Report on sanitation, dispensaries, and jails in Rajputana for 1920, and on vaccination for the year 1920-1921 - 1920-1921
Year: 1920
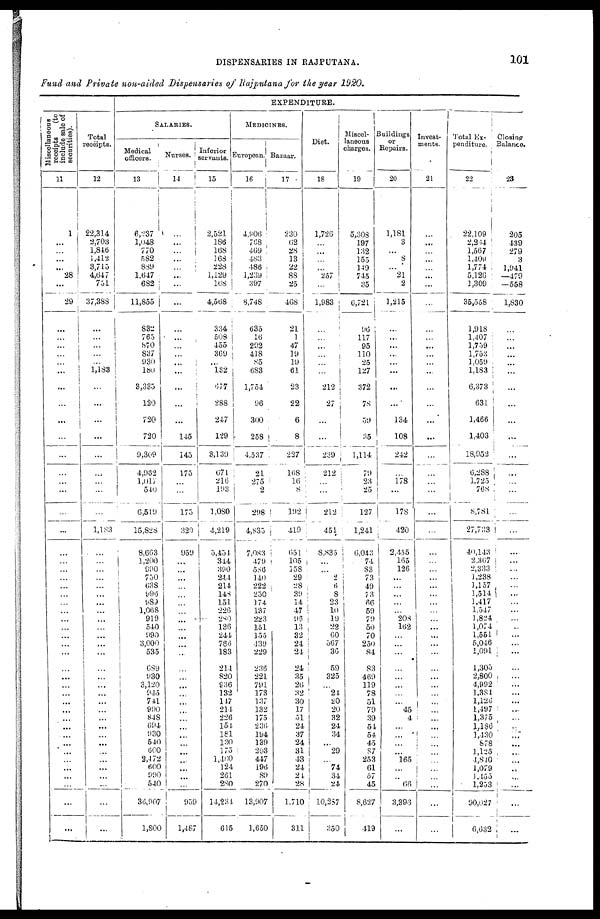
DISPENSARIES IN RAJPUTANA.
101
Fund and Private non-aided Dispensaries of Rajputana for the year 1920.
EXPENDITURE.
Miscellaneous
receipts
(to
include sale of
securities).
11
1
...
...
...
...
28
...
29
...
...
...
...
...
...
...
...
...
...
...
...
...
...
...
...
...
...
...
...
...
...
...
...
...
...
...
...
...
...
...
...
...
...
...
...
...
...
...
...
...
...
...
...
...
...
Total
receipts.
12
22,314
2,703
1,846
1,412
3,715
4,647
751
37,388
...
...
...
...
...
1,183
...
...
...
...
...
...
...
...
...
1,183
...
...
...
...
...
...
...
...
...
...
...
...
...
...
...
...
...
...
...
...
...
...
...
...
...
...
...
...
...
...
SALARIES.
Medical
officers.
13
6,237
1,048
770
582
889
1,647
682
11,855
832
765
870
837
930
180
3,335
120
720
720
9,309
4,962
1,017
540
6,519
15,828
8,663
1,200
990
750
638
996
989
1,068
919
540
990
3,000
535
689
930
3,120
945
741
990
848
694
930
540
600
2,472
600
990
540
36,907
1,800
Nurses.
14
...
...
...
...
...
...
...
...
...
...
...
...
...
...
...
...
...
145
145
175
...
...
175
320
959
...
...
...
...
...
...
...
...
...
...
...
...
...
...
...
...
...
...
...
...
...
...
...
...
...
...
...
959
1,487
Inferior
servants.
15
2,521
186
168
168
228
1,129
168
4,568
334
508
455
369
...
132
677
288
247
129
3,139
671
216
193
1,080
4,219
5,454
344
390
244
214
148
151
226
280
136
244
766
183
214
820
936
132
147
214
226
154
181
130
175
1,460
124
261
280
14,234
615
MEDICINES.
European.
16
4,906
768
469
483
486
1,239
397
8,748
635
16
292
418
85
683
1,754
96
300
258
4,537
21
275
2
298
4,835
7,083
479
586
140
222
250
174
137
223
151
155
439
229
236
221
791
173
137
132
175
236
194
139
203
447
196
89
270
13,907
1,650
Bazaar.
17
230
62
28
13
22
88
25
468
21
1
47
19
19
61
23
22
6
8
227
168
16
8
192
419
651
105
158
29
28
39
14
47
96
13
32
24
24
24
35
20
32
30
17
51
24
37
24
31
43
24
24
28
1,710
311
Diet.
18
1,720
...
...
...
...
257
...
1,983
...
...
...
...
...
...
212
27
...
...
239
212
...
...
212
451
8,835
...
...
2
6
8
23
10
19
22
60
567
36
59
325
...
24
20
20
32
24
34
...
29
...
74
34
24
10,287
350
Miscel¬
laneous
charges.
19
5,308
197
132
155
149
745
35
6,721
96
117
95
110
25
127
372
78
59
35
1,114
79
23
25
127
1,241
6,043
74
83
73 49
73
66
59
79
50
70
250
84
83
469
119
78
51
79
39
54
54
45
87
253
61
57
45
8,627
419
Buildings
or
Repairs.
20
1,181
3
...
8
...
21
2
1,215
...
...
...
...
...
...
...
...
134
108
242
...
178
...
178
420
2,455
165
126
...
...
...
...
...
208
162
...
...
...
...
...
...
...
...
45
4
...
...
...
...
165
...
...
66
3,396
...
Invest-
ments.
21
...
...
...
...
...
...
...
...
...
...
...
...
...
...
...
...
...
...
...
...
...
...
...
...
...
...
...
...
...
...
...
...
...
...
...
...
...
...
...
...
...
...
...
...
...
...
...
...
...
...
...
...
...
...
Total Ex-
penditure.
22
22,109
2,264
1,567
1,409
1,774
5,126
1,309
35,558
1,918
1,407
1,759
1,753
1,059
1,183
6,373
631
1,466
1,403
18,952
6,288
1,725
768
8,781
27,733
40,143
2,367
2,333
1,238
1,157
1,514
1,417
1,547
1,824
1,074
1,551
5,046
1,091
1,305
2,800
4,992
1,384
1,120
1,497
1,375
1,186
1,430
878
1,125
4,840
1,079
1,455
1,253
90,027
6,632
Closing
Balance.
23
205
439
279
3
1,941
—479
— 558
1,830
...
...
...
...
...
...
...
...
...
...
...
...
...
...
...
...
...
...
...
...
...
...
...
...
...
...
...
...
...
...
...
...
...
...
...
...
...
...
...
...
...
...
...
...
...
...